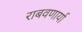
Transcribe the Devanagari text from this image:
राबवणार्या